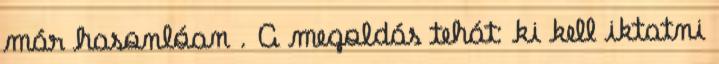
már hasonlóan . A megoldás tehát: ki kell iktatni